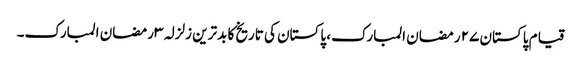
قیام پاکستان ٢٧ رمضان المبارک، پاکستان کی تاریخ کا بدترین زلزلہ ٣ رمضان المبارک۔